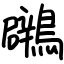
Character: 鸊